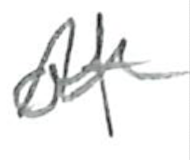
Text: of
Cross-out: mix
Writing tool: pencil